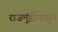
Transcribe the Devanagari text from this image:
राजमुंड्रीपासून